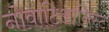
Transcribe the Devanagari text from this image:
नोवाटिआनिस्ट